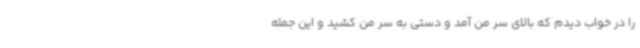
را در خواب دیدم که بالای سر من آمد و دستی به سر من کشید و این جمله